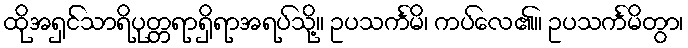
ထိုအရှင်သာရိပုတ္တရာရှိရာအရပ်သို့။ ဥပသင်္ကမိ၊ ကပ်လေ၏။ ဥပသင်္ကမိတွာ၊